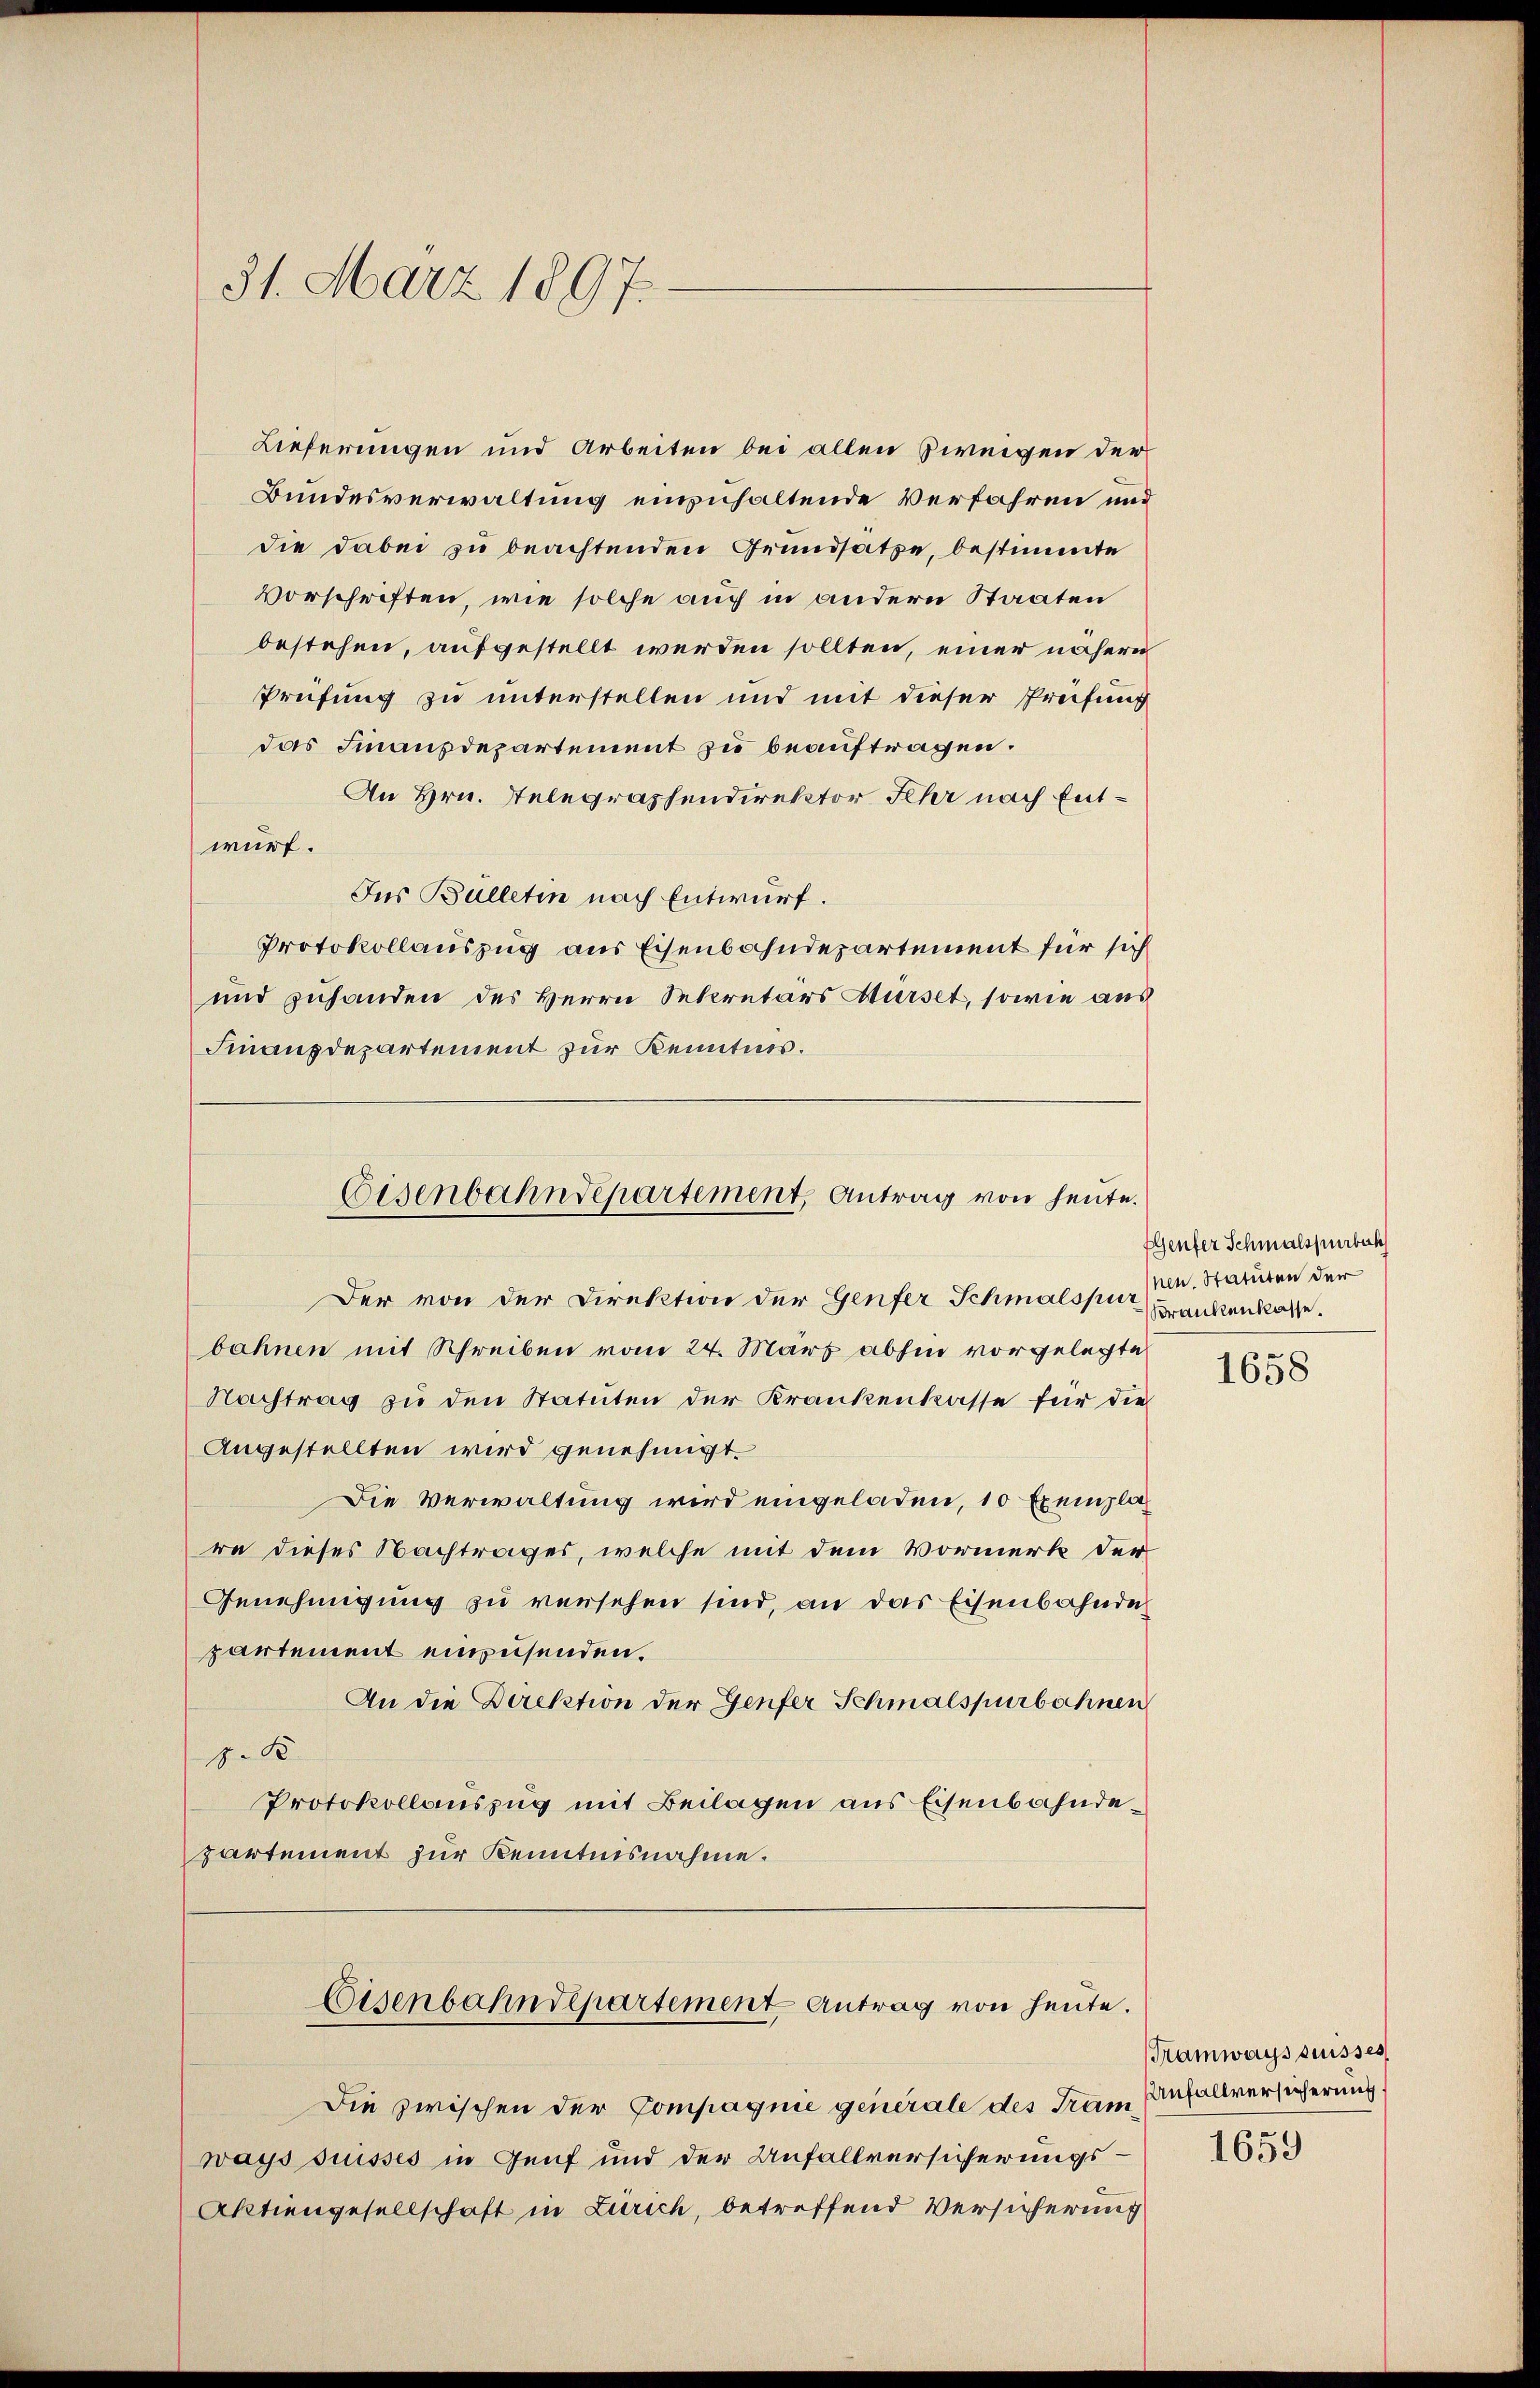
Lieferungen und Arbeiten bei allen Zweigen der
Bundesverwaltung einzuhaltende Verfahren und
die dabei zu beachtenden Grundsätze, bestimmte
Vorschriften, wie solche auch in andern Staaten
bestehen, aufgestellt werden sollten, einer nähern
Prüfung zu unterstellen und mit dieser Prüfung
das Finanzdepartement zu beauftragen.
An Hrn. Telegraphendirektor Fehr nach Entwurf.
Jus Bülletin nach Entwurf.
Protokollauszug aus Eisenbahndepartement für sich
und zuhanden des Herrn Sekretärs Mürset, sowie aus
Finanzdepartement zur Kenntnis.

31. März 1897.

Der von der Direktion der Genfer Schmalspur dankenkasse.
bahnen mit Schreiben vom 24. März abhin vorgelegte
Nachtrag zu den Statuten der Krankenkasse für die
Angestellten wird genehmigt.
Die Verwaltung wird eingeladen, 10 Exemplare dieses Nachtrages, welche mit dem Vormerk der
Genehmigung zu versehen sind, an das Eisenbahnder
partement einzusenden.
An die Direktion der Genfer Schmalspurbahnen
J. B.
Protokollauszug mit Beilagen aus Eisenbahndepartement zur Kenntnisnahme.

Eisenbahndepartement, Antrag von heute.

Die zwischen der Compagnie generale des Tram Anfallversicherung
ways suisses in Genf und der Anfallversicherungs¬
Aktiengesellschaft in Zürich, betreffend Versicherung

Eisenbahndepartement Antrag von heute.

Genfer Schmalspurbach
nen. Statuten der

1658

Tramwayssuisses
1659